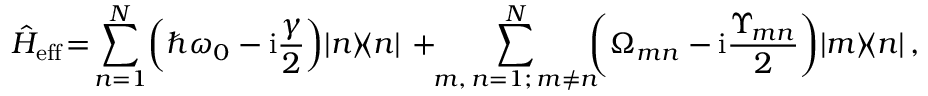
\! \! \hat { H } _ { \mathrm { e f f } } \! = \! \sum _ { n = 1 } ^ { N } \! \left( \hbar \omega _ { 0 } - \mathrm { i } \frac { \gamma } { 2 } \right) \! | n \rangle \! \langle n | \, + \! \! \sum _ { { m , \, n = 1 ; \, m \neq n } } ^ { N } \! \! \! \left( \Omega _ { m n } - \mathrm { i } \frac { \Upsilon _ { \! m n } } { 2 } \right) \! \left| m \rangle \! \langle n \right| ,